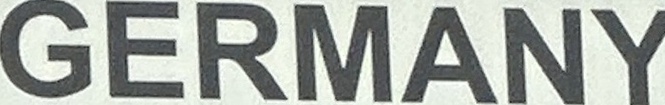
GERMANY